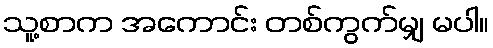
သူ့စာက အကောင်း တစ်ကွက်မျှ မပါ။